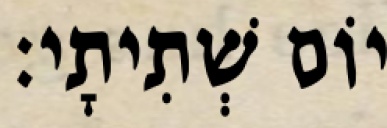
יוֹם שְׁתִיתָי׃